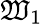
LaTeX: \mathfrak{W}_{1}